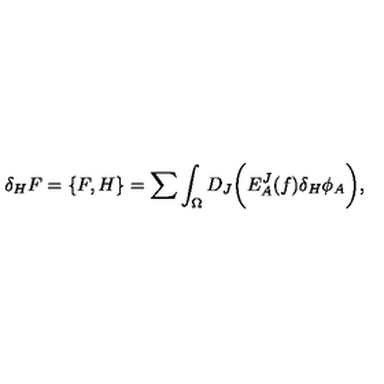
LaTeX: \delta _ { H } F = \{ F , H \} = \sum \int _ { \Omega } D _ { J } \biggl ( E _ { A } ^ { J } ( f ) \delta _ { H } \phi _ { A } \biggr ) ,